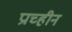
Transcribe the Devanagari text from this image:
प्राच्हीन